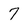
Character: 7